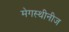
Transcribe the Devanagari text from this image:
मेगस्थीनीज